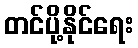
တင်ပို့နိုင်ရေး